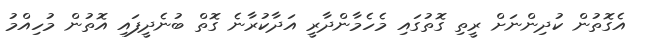
އެގޮތުން ކުދިންނަށް ރީތި ގޮތުގައި މެހެމާންދާރީ އަދާކުރާނެ ގޮތް ބުނެދީފައި އޮތުން މުހިއްމު